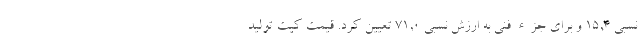
نسبی ۱۵,۴ و برای جزء فنی به ارزش نسبی ۷۱,۰ تعیین کرد. قیمت کیت تولید